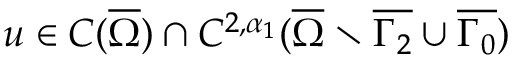
u \in C ( \overline { { \Omega } } ) \cap C ^ { 2 , \alpha _ { 1 } } ( \overline { { \Omega } } \setminus \overline { { \Gamma _ { 2 } } } \cup \overline { { \Gamma _ { 0 } } } )